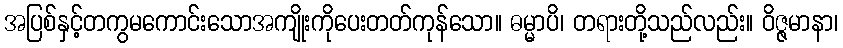
အပြစ်နှင့်တကွမကောင်းသောအကျိုးကိုပေးတတ်ကုန်သော။ ဓမ္မာပိ၊ တရားတို့သည်လည်း။ ဝိဇ္ဇမာနာ၊